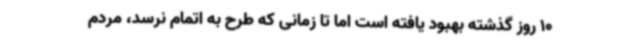
10 روز گذشته بهبود یافته است اما تا زمانی که طرح به اتمام نرسد، مردم